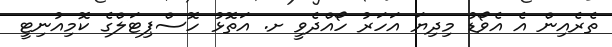
ތެރެއިން އެ އެވޯޑު މިދިޔަ އަހަރު ހޯއްދެވީ ށ. އަތޮޅު ހޮސްޕިޓަލްގެ ކޮމިއުނިޓީ